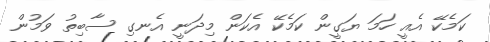
ކަމެކޭ އެއީ ހަމަ ޔަގީން ކަމެކޭ އެކަން މިދަނީ އެނގި ސާބިތު ވަމުން